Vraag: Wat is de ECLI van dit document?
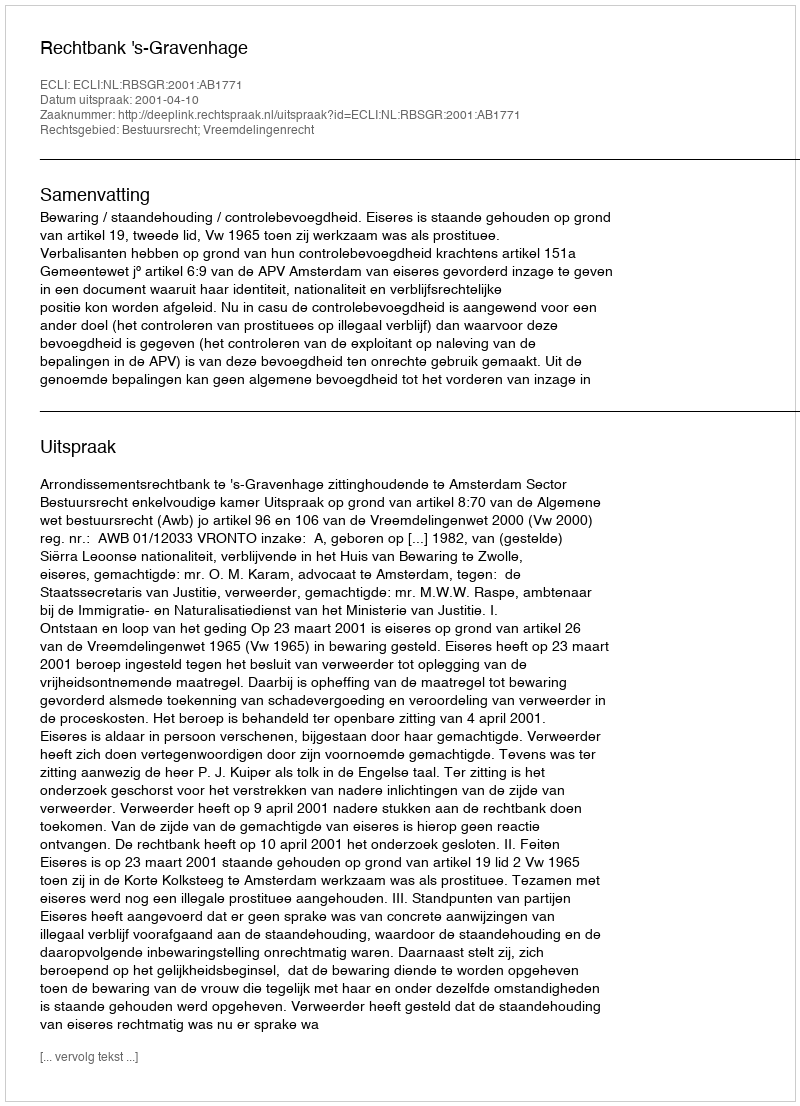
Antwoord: ECLI:NL:RBSGR:2001:AB1771